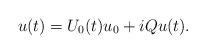
LaTeX: \begin{align*} u(t)=U_0(t)u_0+iQu(t).\end{align*}